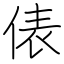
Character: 俵